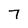
Character: 7